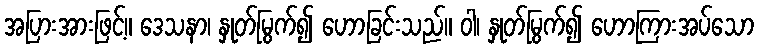
အပြားအားဖြင့်။ ဒေသနာ၊ နှုတ်မြွက်၍ ဟောခြင်းသည်။ ဝါ၊ နှုတ်မြွက်၍ ဟောကြားအပ်သော